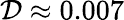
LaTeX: \mathcal{D}\approx 0.007